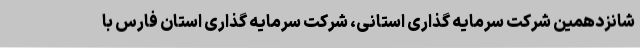
شانزدهمین شرکت سرمایه گذاری استانی، شرکت سرمایه گذاری استان فارس با